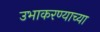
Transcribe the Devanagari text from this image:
उभाकरण्याच्या